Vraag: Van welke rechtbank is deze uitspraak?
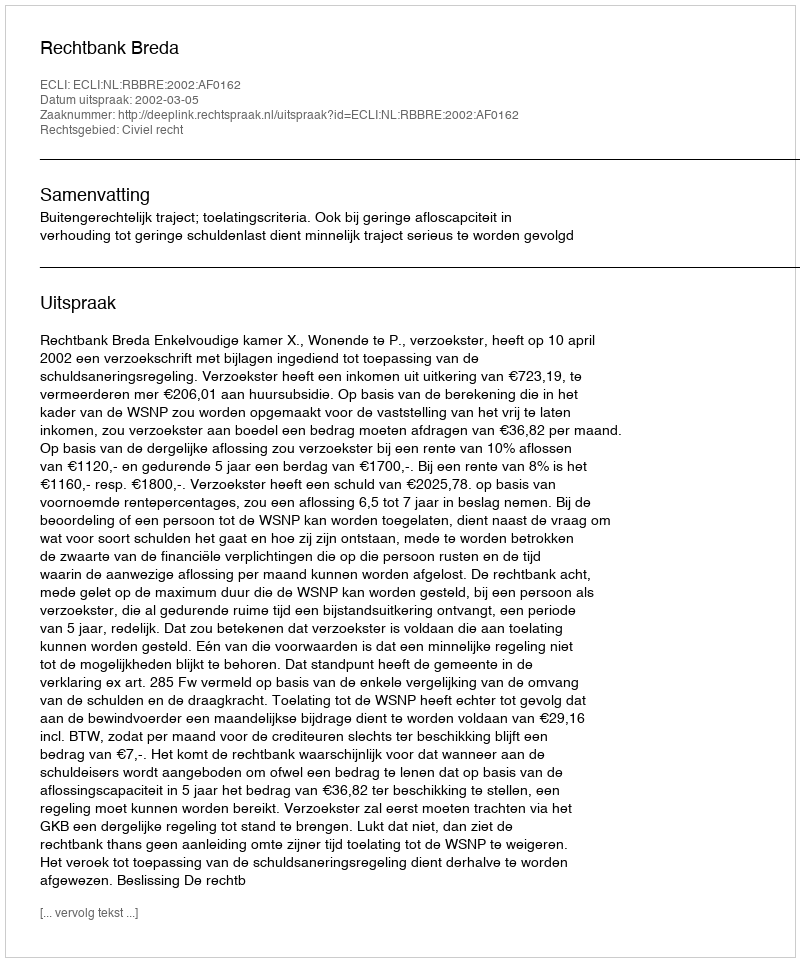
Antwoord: Rechtbank Breda